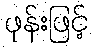
ဖုန်းဖြင့်